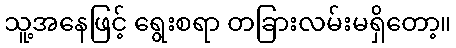
သူ့အနေဖြင့် ရွေးစရာ တခြားလမ်းမရှိတော့။